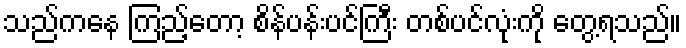
သည်ကနေ ကြည့်တော့ စိန်ပန်းပင်ကြီး တစ်ပင်လုံးကို တွေ့ရသည်။